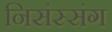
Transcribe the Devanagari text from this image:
निसंस्संग